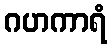
ဂဟကာရံ